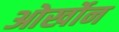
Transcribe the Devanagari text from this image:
ओर्खोन